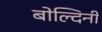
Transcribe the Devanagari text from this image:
बोल्दिनी